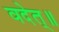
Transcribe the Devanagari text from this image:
वदेत्॥